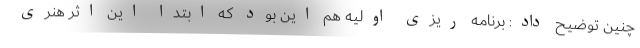
چنین توضیح داد: برنامه ریزی اولیه هم این بود که ابتدا این اثر هنری